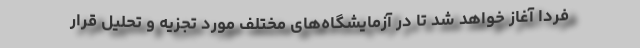
فردا آغاز خواهد شد تا در آزمایشگاه‌های مختلف مورد تجزیه و تحلیل قرار